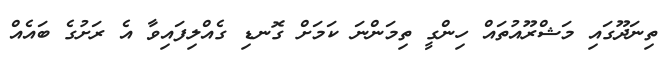
ތިނަދޫގައި މަޝްރޫއުތައް ހިންގީ ތިމަންނަ ކަމަށް ގޮނޑި ގެއްލިފައިވާ އެ ރަށުގެ ބަައެއް